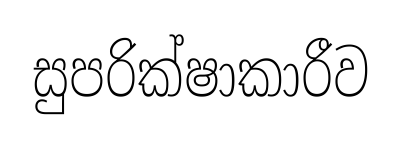
සුපරික්ෂාකාරීව